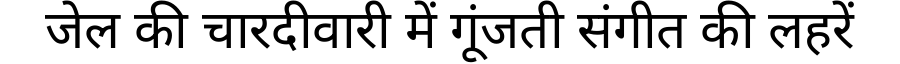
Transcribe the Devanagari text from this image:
जेल की चारदीवारी में गूंजती संगीत की लहरें